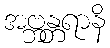
အဗ္ဘန္တရာနိ